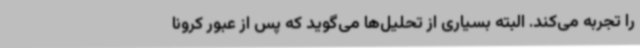
را تجربه می‌کند. البته بسیاری از تحلیل‌ها می‌گوید که پس از عبور کرونا